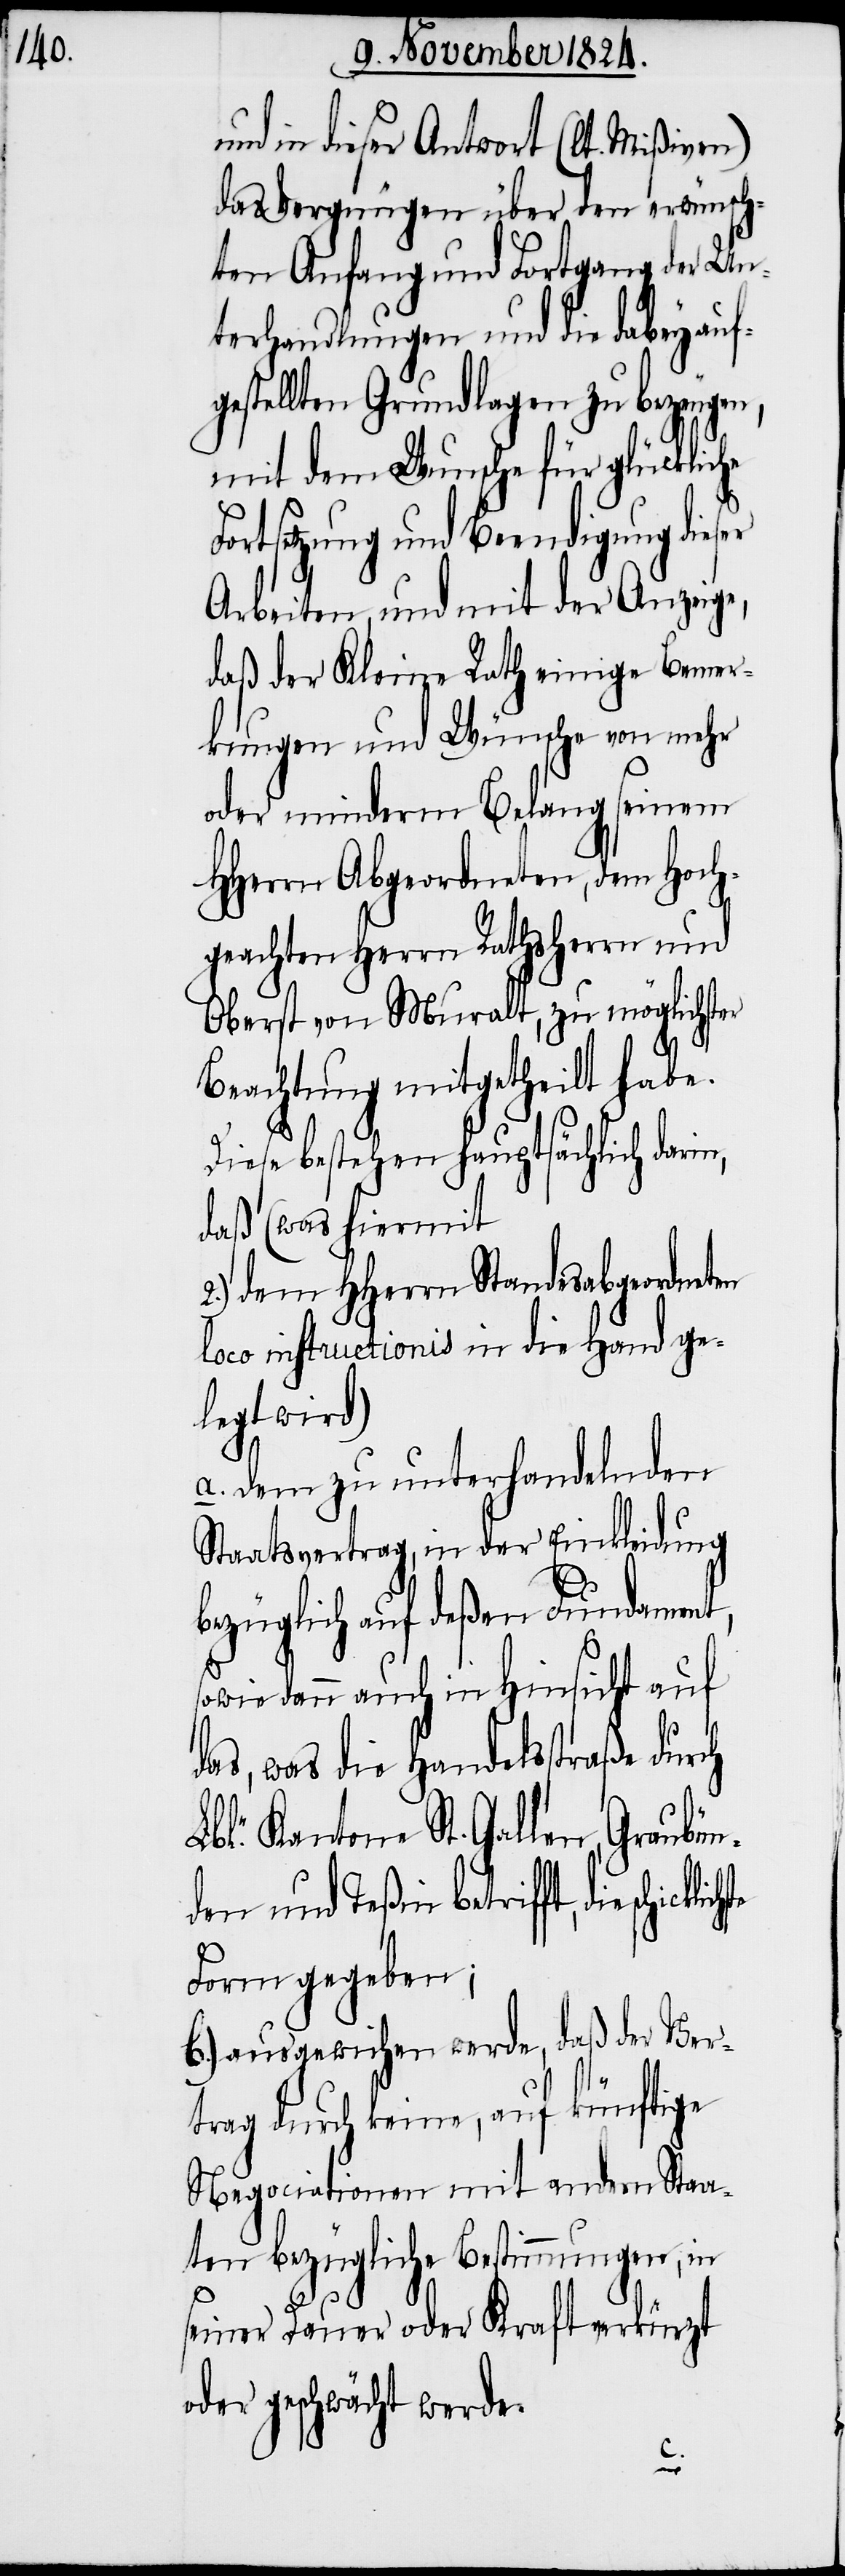
und in dieser Antwort (lt. Mißiven)
das Vergnügen über den erwünsch¬
ten Anfang und Fortgang der Un¬
terhandlungen und die dabey aufg¬
estellten Grundlagen zu bezeugen,
mit dem Wunsche für glückliche
Fortsetzung und Beendigung dieser
Arbeiten, und mit der Anzeige,
daß der Kleine Rath einige Bemer¬
kungen und Wünsche von mehr
oder minderm Belang seinem
HHerrn Abgeordneten, dem Hoch¬
geachten Herrn Rathsherrn und
Oberst von Muralt, zu möglichster
Beachtung mitgetheilt habe.
Diese bestehen hauptsächlich darin,
daß (was hiermit
2.) dem HHerrn Standesabgeordneten
loco instructionis in die Hand ge¬
legt wird)
a. dem zu unterhandelnden
Staatsvertrag, in der Einkleidung
ezüglich auf deßen Fundament,
sowie dann auch in Hinsicht auf
das, was die Handelsstraße durch
bl.e Kantone St. Gallen, Graubü¬
den und Teßin betrifft, die
Form gegeben;
b.) ausgewichen werde, daß der Ver¬
trag durch keine, auf künftige
Negociationen mit andern Staa¬
ten bezügliche Bestimmungen, in
seiner Dauer oder Kraft verkürzt
oder geschwächt werde.
n¬